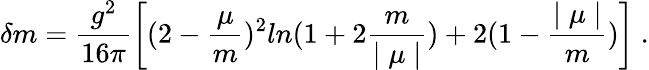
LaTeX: \delta m=\frac{g^{2}}{16\pi}\biggl[(2-\frac{\mu}{m})^{2}ln(1+2\frac{m}{\mid\mu\mid})+2(1-\frac{\mid\mu\mid}{m})\biggr]\ .